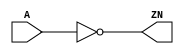
module INV_X1 (A, ZN);
  input A;
  output ZN;
  not(ZN, A);
  specify
    (A => ZN) = (0.1, 0.1);
  endspecify
endmodule